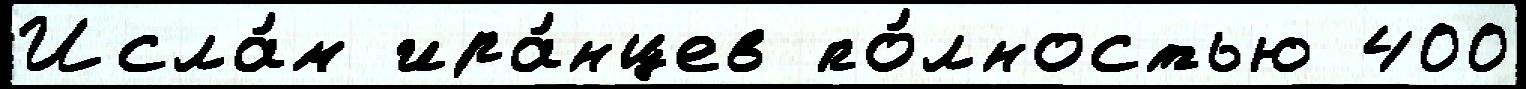
Исла́м ира́нцев по́лностью 400